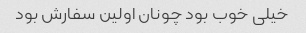
خیلی خوب بود چونان اولین سفارش بود